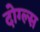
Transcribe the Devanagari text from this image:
दोग्ल्स